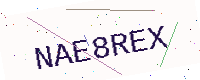
Text: NAE8REX